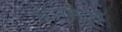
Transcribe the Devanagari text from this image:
धोनसाख